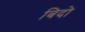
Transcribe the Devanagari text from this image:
बिदो